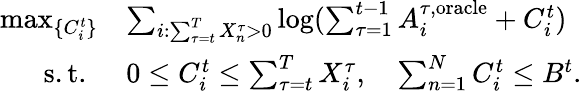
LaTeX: \begin{array}{rl}{\operatorname*{max}_{\{ C_{i}^{t}\} }}&{\sum_{i:\sum_{\tau=t}^{T}X_{n}^{\tau}>0}\log(\sum_{\tau=1}^{t-1}A_{i}^{\tau,\mathrm{oracle}}+C_{i}^{t})}\\ {\mathrm{s.t.~}}&{0\leq C_{i}^{t}\leq\sum_{\tau=t}^{T}X_{i}^{\tau},\quad\sum_{n=1}^{N}C_{i}^{t}\leq B^{t}.}\end{array}